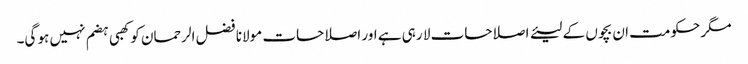
مگر حکومت ان بچوں کے لیئے اصلاحات لا رہی ہے اور اصلاحات مولانا فضل الرحمان کو کھبی ہضم نہیں ہو گی۔